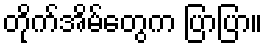
တိုက်အိမ်တွေက ပြာပြာ။